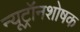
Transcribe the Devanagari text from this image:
न्यूट्रॉनशोषक